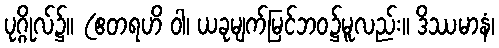
ပုဂ္ဂိုလ်၌။ (ဧတရဟိ ဝါ၊ ယခုမျက်မြင်ဘဝ၌မူလည်း။ ဒိဿမာနံ၊